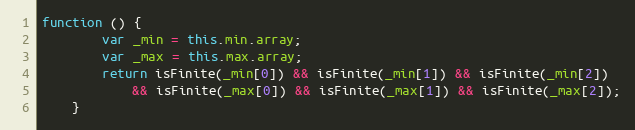
Language: JavaScript
function () {
        var _min = this.min.array;
        var _max = this.max.array;
        return isFinite(_min[0]) && isFinite(_min[1]) && isFinite(_min[2])
            && isFinite(_max[0]) && isFinite(_max[1]) && isFinite(_max[2]);
    }